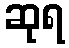
ဆုရ